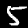
Digit: 5